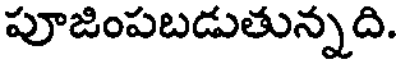
పూజింపబడుతున్నది.